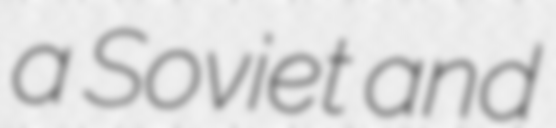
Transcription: a Soviet and